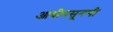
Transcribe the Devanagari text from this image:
आधीपसूनची